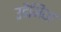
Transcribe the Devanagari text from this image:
उदैनिया